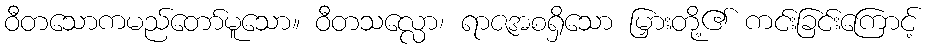
ဝီတသောကမည်တော်မူသော။ ဝီတသလ္လော၊ ရာဇအစရှိသော မြှားတို့၏ ကင်းခြင်းကြောင့်